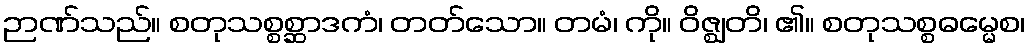
ဉာဏ်သည်။ စတုသစ္စစ္ဆာဒကံ၊ တတ်သော။ တမံ၊ ကို။ ဝိဇ္ဈတိ၊ ၏။ စတုသစ္စဓမ္မေစ၊